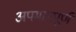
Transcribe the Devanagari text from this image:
अपमानपूर्ण